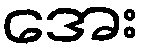
အေး